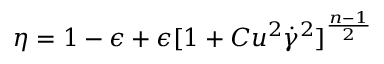
\eta = 1 - \epsilon + \epsilon [ 1 + C u ^ { 2 } \dot { \gamma } ^ { 2 } ] ^ { \frac { n - 1 } { 2 } }